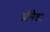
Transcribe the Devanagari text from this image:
ऑनैडा